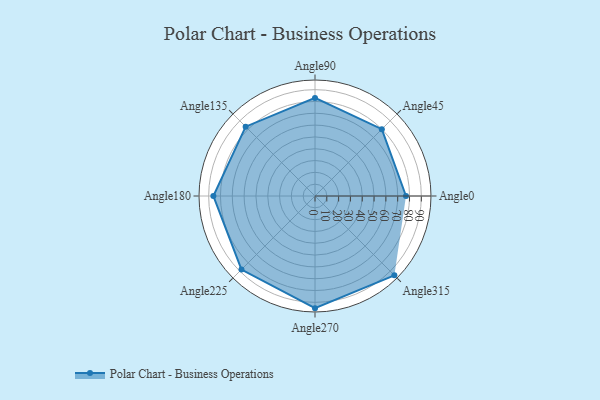
{"axis": {"x": "Angle", "y": "Radius"}, "legend": [""], "data": [{"x": "Angle0", "y": 77.0, "type": ""}, {"x": "Angle45", "y": 80.0, "type": ""}, {"x": "Angle90", "y": 83.0, "type": ""}, {"x": "Angle135", "y": 83.0, "type": ""}, {"x": "Angle180", "y": 86.0, "type": ""}, {"x": "Angle225", "y": 88.0, "type": ""}, {"x": "Angle270", "y": 95.0, "type": ""}, {"x": "Angle315", "y": 95.0, "type": ""}]}